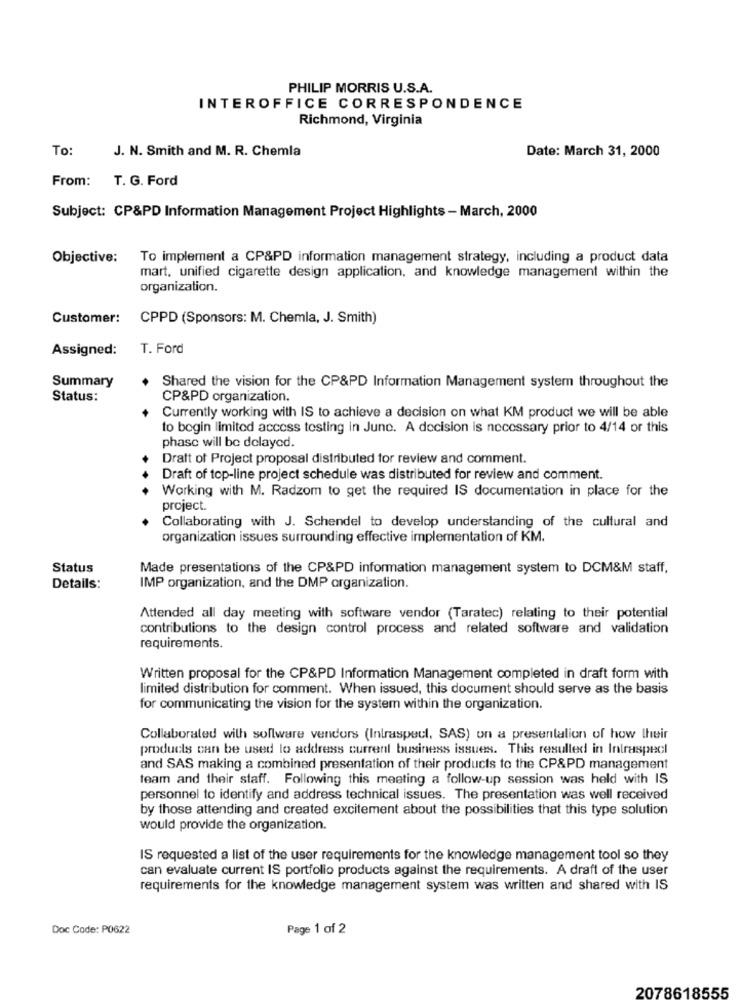
PHILIP MORRIS U.S.A.
INTEROFFICE CORRESPONDENCE
Richmond, Virginia
To:
J. N. Smith and M. R. Chemla
Date: March 31, 2000
From:
T. G. Ford
Subject: CP&PD Information Management Project Highlights - March, 2000
Objective:
To implement a CP&PD information management strategy, including a product data
mart, unified cigarette design application, and knowledge management within the
organization.
Customer:
CPPD (Sponsors: M. Chemla, J. Smith)
Assigned:
T. Ford
Summary
Shared the vision for the CP&PD Information Management system throughout the
Status:
CP&PD organization.
Currently working with IS to achieve a decision on what KM product we will be able
to bogin limited access tosting in June. A decision is necessary prior to 4/14 or this
phase will be delayed.
Draft of Project proposal distributed for review and comment.
Draft of top-line project schedule was distributed for review and comment.
Working with M. Radzom to get the required IS documentation in place for the
project.
Collaborating with J. Schendel to develop understanding of the cultural and
organization issues surrounding effective implementation of KM.
Status
Made presentations of the CP&PD information management system to DCM&M staff,
Details:
IMP organization, and the DMP organization.
Attended all day meeting with software vendor (Taratec) relating to their potential
contributions to the design control process and related software and validation
requirements.
Written proposal for the CP&PD Information Management completed in draft form with
limited distribution for comment. When issued, this document should serve as the basis
for communicating the vision for the system within the organization.
Collaborated with software vendors (Intraspeul, SAS) on a presentation of how their
products can be used lo address current business issues. This resulted in Intraspecl
and SAS making a combined presentation of their products to the CP&PD management
team and their staff. Following this meeting a follow-up session was held with IS
personnel to identify and address technical issues. The presentation was well received
by those attending and created excitement about the possibilities that this type solution
would provide the organization.
IS requested a list of the user requirements for the knowledge management tool so they
can evaluate current IS portfolio products against the requirements. A draft of the user
requirements for the knowledge management system was written and shared with IS
Doc Code: P0622
Page 1 of 2
2078618555